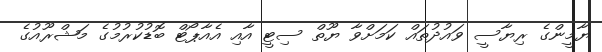
ޔާމީންގެ ރިޔާސީ ވައުދުތައް ކަމަށްވާ ޔޫތް ސިޓީ އާއި އެއާޕޯޓް ބޮޑުކުރުމުގެ މަޝްރޫއުގެ